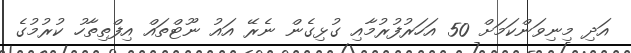
އަދި މިނިވަންކަމަށް 50 އަހަރުފުރުމާއި ގުޅިގެން ނެރޭ އައު ނޫޓްތައް އިފްތިތާހު ކުރުމުގެ